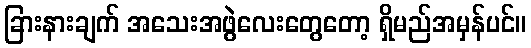
ခြားနားချက် အသေးအဖွဲလေးတွေတော့ ရှိမည်အမှန်ပင်။